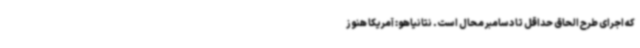
که اجرای طرح الحاق حداقل تا دسامبر محال است. نتانیاهو: آمریکا هنوز